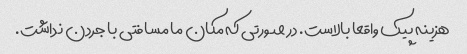
هزینه پیک واقعا بالاست. در صورتی که مکان ما مسافتی با جردن نداشت.